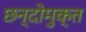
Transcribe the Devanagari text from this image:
छन्दोमुक्त